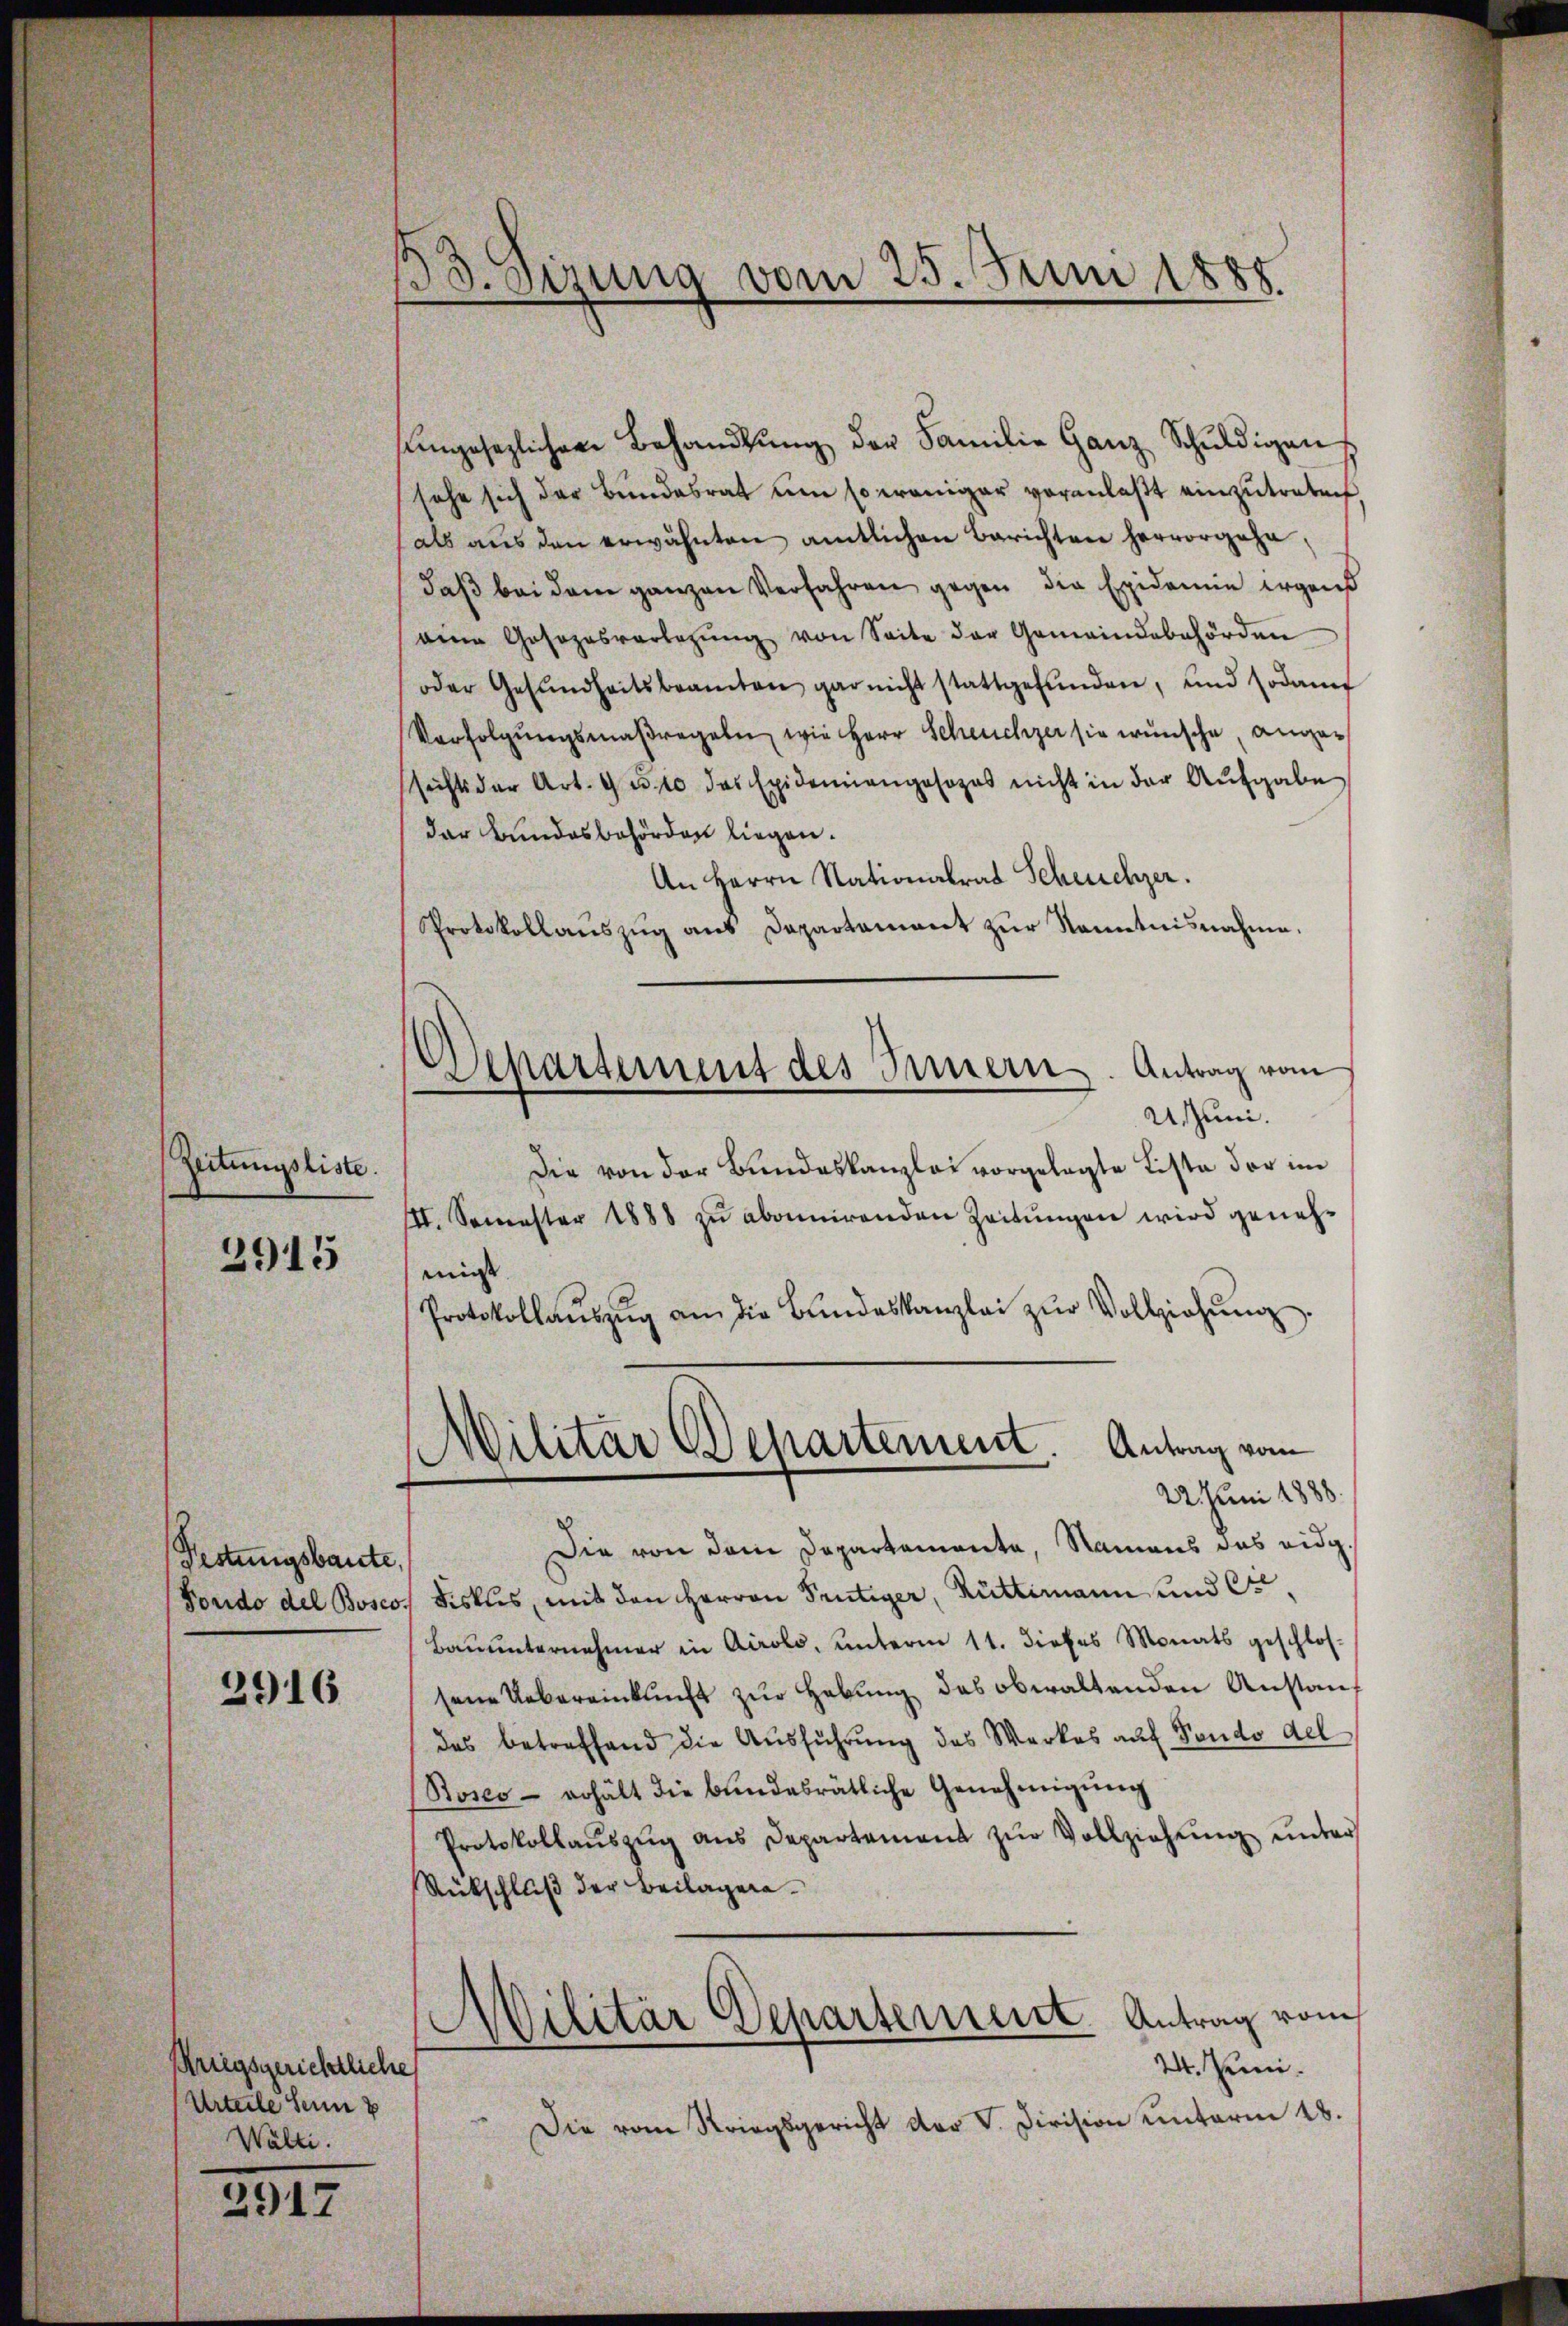
Zeitungsliste.

2915

Festungsbaute,

2916

Kriegsgerichtliche
Urteile sein
Wälti.
2917

13. Sizung vom 25. Juni 1885.

Departement des Innern. Antrag vom

engesezlichere Behandlŭng der Familie Ganz Schuldigen
sehe sich der Bundesrat um so weniger veranlaßt einzutreten
als aus den erwähnten amtlichen Berichten hervorgehe,
daβ bei dem ganzen Verfahren gegen die Epidemie irgens
eine Gasozasverlegŭng von Seite der Gemeindebehörden
oder Gesŭndheitsbeamten gar nicht stattgefŭnden, und sodann
Verfolgŭngsmaßregeln, wie Herr Scheuchzer sie wünsche, angesichts der Art. 92. 10 das Epidemiangesezes nicht in der Aufgabe
der Bundesbehörden liegen.
An Herrn Nationalrat Scheuchzer.
Protokollaŭszŭg aŭs Departament zŭr Kenntnisnahme.
Uczuni.
Die von der Bundeskanzlei vorgelegte Lista der im
III. Semester 1888 zŭ abonnirenden Zeitungen wird genehmis
Protokollaŭszŭg an die Bŭndeskanzlei zŭr Vollziehŭng.
Militar Departement. Antrag vom
22. Juni 1888.
Die von dem Departemente, Namens das eidg.
Fondo del Boscos Fiskus, mit den Herren Peutiger, Rüttimann und C
Bauunternehmer in Airolo, unterm 11. dieses Monats geschlos
sene Uebereinkunft zŭr Hebŭng des obwaltenden Anstauf
das betreffend die Ausführung des Werkes auf Fondo del
Bosco - erhält die bundesrätliche Genehmigŭng
Protokollaŭszŭg ans Departement zŭr Vollziehung unter
Rückschluß der Beilagen.
Militär Departement Antrag vom
24. Juni.
Die vom Striegsgericht der V. Division unterm 18.